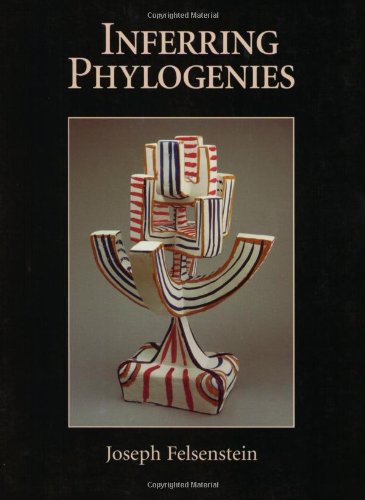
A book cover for Inferring Phylogenies; Joseph Felsenstein; Science & Math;